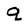
Character: q